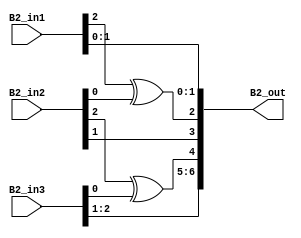
`timescale 1ns / 1ps
//////////////////////////////////////////////////////////////////////////////////
// Company: 
// Engineer: 
// 
// Design Name: 
// Module Name: overlap_module_3bit
// Project Name: 
// Target Devices: 
// Tool Versions: 
// Description: 
// 
// Dependencies: 
// 
// Revision:
// Revision 0.01 - File Created
// Additional Comments:
// 
//////////////////////////////////////////////////////////////////////////////////


module overlap_module_3bit(     
    B2_in1,                
    B2_in2,             
    B2_in3,   
    B2_out 
    );     


parameter n = 4;
    
input [n-2:0] B2_in1;   
input [n-2:0] B2_in2;    
input [n-2:0] B2_in3;    

output [2*n-2:0] B2_out;  
    


assign B2_out[0] = B2_in1[0];

assign B2_out[1] = B2_in1[1];

assign B2_out[2] = B2_in1[2]^ B2_in2[0];

assign B2_out[3] = B2_in2[1];

assign B2_out[4] = B2_in2[2]^B2_in3[0];

assign B2_out[5] = B2_in3[1];

assign B2_out[6] = B2_in3[2];

endmodule